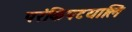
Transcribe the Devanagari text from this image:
परंकिपटयालि